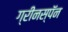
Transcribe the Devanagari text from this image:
ग्रीनस्पॅन